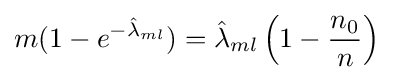
m(1-e^{-{\hat {\lambda }}_{ml}})={\hat {\lambda }}_{ml}\left(1-{\frac {n_{0}}{n}}\right)